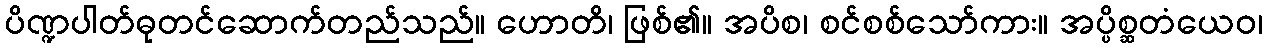
ပိဏ္ဍပါတ်ဓုတင်ဆောက်တည်သည်။ ဟောတိ၊ ဖြစ်၏။ အပိစ၊ စင်စစ်သော်ကား။ အပ္ပိစ္ဆတံယေဝ၊